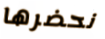
نحضرها